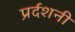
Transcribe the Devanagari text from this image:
प्रर्दशनी